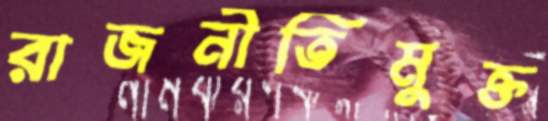
রাজনীতিমুক্ত